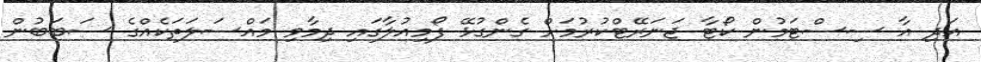
އަދި އާ ސިސްޓަމުން ކޯޓާ ޖަނަރޭޓްކުރުމަށް ގެންގުޅޭ ފޯމިއުލާގައި ދިމާވި މައްސަލަތަކެއްގެ ސަބަބުން